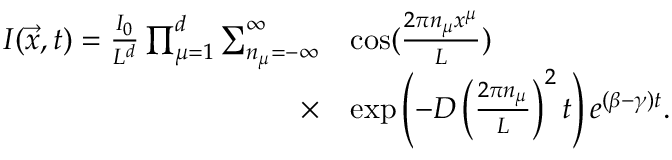
\begin{array} { r l } { I ( \vec { x } , t ) = \frac { I _ { 0 } } { L ^ { d } } \prod _ { \mu = 1 } ^ { d } \sum _ { n _ { \mu } = - \infty } ^ { \infty } } & { \cos ( \frac { 2 \pi n _ { \mu } x ^ { \mu } } { L } ) } \\ { \times } & { \exp \left( - D \left( \frac { 2 \pi n _ { \mu } } { L } \right) ^ { 2 } t \right) e ^ { ( \beta - \gamma ) t } . } \end{array}